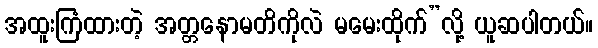
အထူးကြံထားတဲ့ အတ္တနောမတိကိုလဲ မမေးထိုက်”လို့ ယူဆပါတယ်။